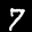
Label: 7